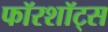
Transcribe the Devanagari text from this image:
फॉरशॉट्स